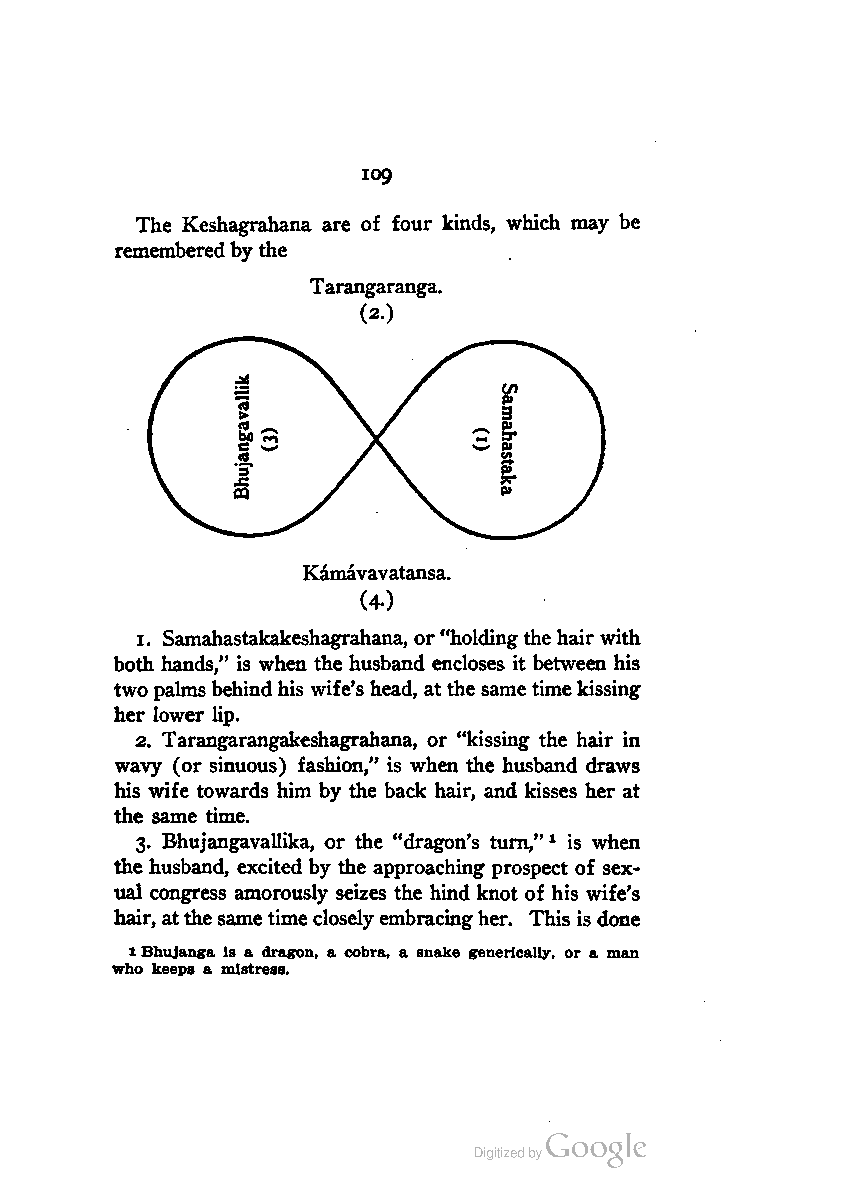
109
 The Keshagrahana are of four kinds, which may be
 remembered by the
 Tarangaranga.
 (2.)
 Kamavavatansa.
 (4-)
 1. Samahastakakeshagrahana, or"holdingthe hair with
 both hands," is when the husband encloses it between his
 twopalmsbehindhis wife's head, at the same timekissing
 her lower lip.
 2. Tarangarangakeshagrahana, or "kissing the hair in
 wavy (or sinuous) fashion," is when the husband draws
 his wife towards him by the back hair, and kisses her at
 the same time.
 3. Bhujangavallika, or the "dragon's turn,"1 is when
 the husband, excited by the approaching prospect of sex
 ual congress amorously seizes the hind knot of his wife's
 hair, atthesametimeclosely embracingher. This is done
 1Bhujanga is a dragon, a cobra, a snake generlcally, or a man
 who keeps a mistress.